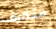
منحرف